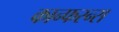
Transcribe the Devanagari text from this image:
कान्फरन्स